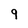
Character: 9